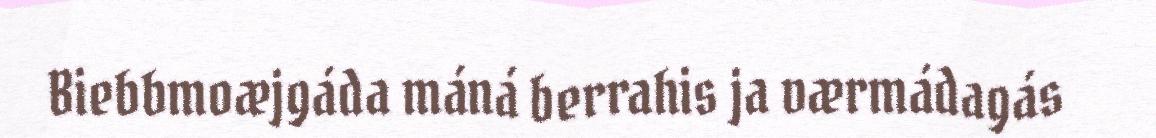
Biebbmoæjgáda máná berrahis ja værmádagás